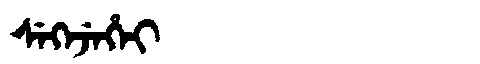
Manchu: ᠰᡝᡴᡝᠵᡝᡥᡝᡳ
Romanization: SEKEJEHEI